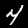
Label: 4